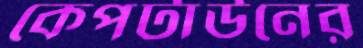
কেপটাউনের